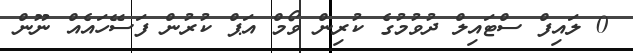
0 ލައިފް ސްޓައިލް ދުވުމުގެ ކުރިން ވޯމް އަޕް ކުރުން ފަސޭހައެއް ނޫން